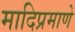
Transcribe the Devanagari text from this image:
मादिप्रमाणे